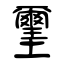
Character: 壐